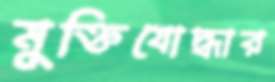
মুক্তিযোদ্ধার